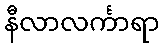
နီလာလင်္ကာရာ